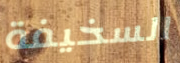
السخيفة